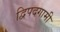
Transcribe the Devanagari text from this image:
द्विपदगामी